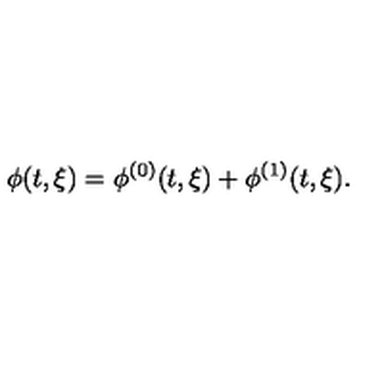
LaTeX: \phi ( t , \xi ) = \phi ^ { ( 0 ) } ( t , \xi ) + \phi ^ { ( 1 ) } ( t , \xi ) .